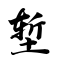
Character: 堑